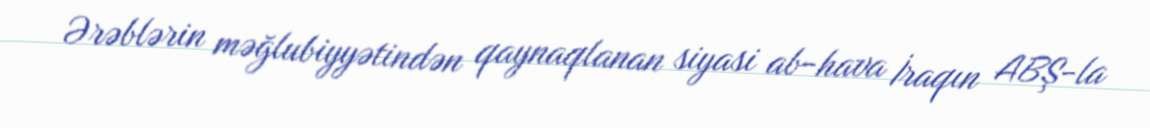
Ərəblərin məğlubiyyətindən qaynaqlanan siyasi ab-hava İraqın ABŞ-la